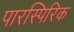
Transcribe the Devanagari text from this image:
पारस्पिरिक